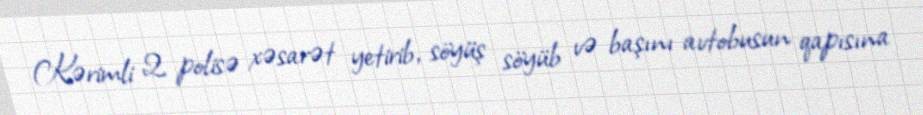
Kərimli 2 polisə xəsarət yetirib, söyüş söyüb və başını avtobusun qapısına